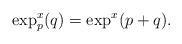
LaTeX: \begin{align*} \exp^x_p(q) = \exp^x(p+q). \end{align*}